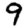
Digit: 9